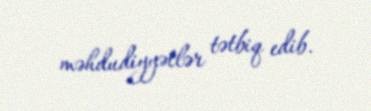
məhdudiyyətlər tətbiq edib.